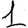
Digit: 1